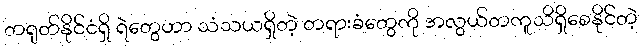
တရုတ်နိုင်ငံရှိ ရဲတွေဟာ သံသယရှိတဲ့ တရားခံတွေကို အလွယ်တကူသိရှိစေနိုင်တဲ့